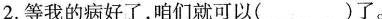
2.等我的病好了，咱们就可以（）了。